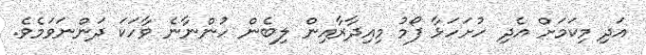
އަދި މިކަމަށް އެދި ހުށަހަޅާ ފޯމު މިއިދާރާއިން ލިބެން ހުންނާނެ ވާހަކަ ދަންނަވަމެވެ.